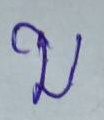
บ